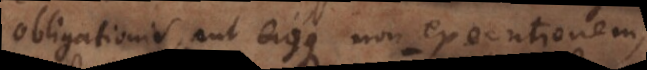
obligationis, aut ejusque nonexecutionem